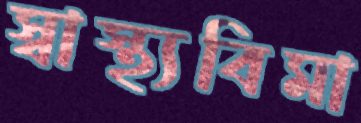
স্বাস্থ্যবিমা